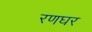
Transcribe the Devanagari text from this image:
रणघर